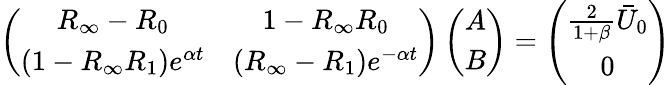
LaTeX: \left(\begin{array}{cc}{R_{\infty}-R_{0}}&{1-R_{\infty}R_{0}}\\ {(1-R_{\infty}R_{1})e^{\alpha t}}&{(R_{\infty}-R_{1})e^{-\alpha t}}\end{array}\right)\left(\begin{array}{c}{A}\\ {B}\end{array}\right)=\left(\begin{array}{c}{\frac{2}{1+\beta}\bar{U}_{0}}\\ {0}\end{array}\right)